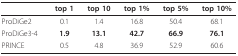
<table><thead><tr><td></td><td><b>top 1</b></td><td><b>top 10</b></td><td><b>top 1%</b></td><td><b>top 5%</b></td><td><b>top 10%</b></td></tr></thead><tbody><tr><td>ProDiGe2</td><td>0.1</td><td>1.4</td><td>16.8</td><td>50.4</td><td>68.1</td></tr><tr><td>ProDiGe3-4</td><td><b>1.9</b></td><td><b>13.1</b></td><td><b>42.7</b></td><td><b>66.9</b></td><td><b>76.1</b></td></tr><tr><td>PRINCE</td><td>0.5</td><td>4.8</td><td>36.9</td><td>52.9</td><td>60.6</td></tr></tbody></table>